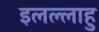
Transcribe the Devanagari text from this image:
इलल्लाहु